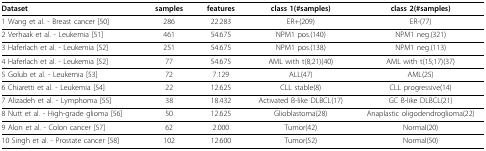
<table><thead><tr><td><b>Dataset</b></td><td><b>samples</b></td><td><b>features</b></td><td><b>class 1(#samples)</b></td><td><b>class 2(#samples)</b></td></tr></thead><tbody><tr><td>1 Wang et al. - Breast cancer [50]</td><td>286</td><td>22.283</td><td>ER+(209)</td><td>ER-(77)</td></tr><tr><td>2 Verhaak et al. - Leukemia [51]</td><td>461</td><td>54.675</td><td>NPM1 pos.(140)</td><td>NPM1 neg.(321)</td></tr><tr><td>3 Haferlach et al. - Leukemia [52]</td><td>251</td><td>54.675</td><td>NPM1 pos.(138)</td><td>NPM1 neg.(113)</td></tr><tr><td>4 Haferlach et al. - Leukemia [52]</td><td>77</td><td>54.675</td><td>AML with t(8;21)(40)</td><td>AML with t(15;17)(37)</td></tr><tr><td>5 Golub et al. - Leukemia [53]</td><td>72</td><td>7.129</td><td>ALL(47)</td><td>AML(25)</td></tr><tr><td>6 Chiaretti et al. - Leukemia [54]</td><td>22</td><td>12.625</td><td>CLL stable(8)</td><td>CLL progressive(14)</td></tr><tr><td>7 Alizadeh et al. - Lymphoma [55]</td><td>38</td><td>18.432</td><td>Activated B-like DLBCL(17)</td><td>GC B-like DLBCL(21)</td></tr><tr><td>8 Nutt et al. - High-grade glioma [56]</td><td>50</td><td>12.625</td><td>Glioblastoma(28)</td><td>Anaplastic oligodendroglioma(22)</td></tr><tr><td>9 Alon et al. - Colon cancer [57]</td><td>62</td><td>2.000</td><td>Tumor(42)</td><td>Normal(20)</td></tr><tr><td>10 Singh et al. - Prostate cancer [58]</td><td>102</td><td>12.600</td><td>Tumor(52)</td><td>Normal(50)</td></tr></tbody></table>